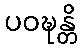
ပဝဍ္ဎန္တိ